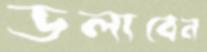
ডলাবেন